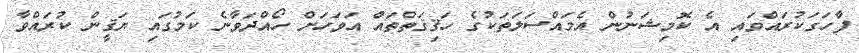
ފާހަގަކުރައްވައި އެ ކޮމިޝަނުން އެމައްސަލަތަކުގެ ހަޤިޤަތްތައް އަވަހަށް ހޯއްދަވާނެ ކަމުގައި ޔަޤީން ކުރައްވާ